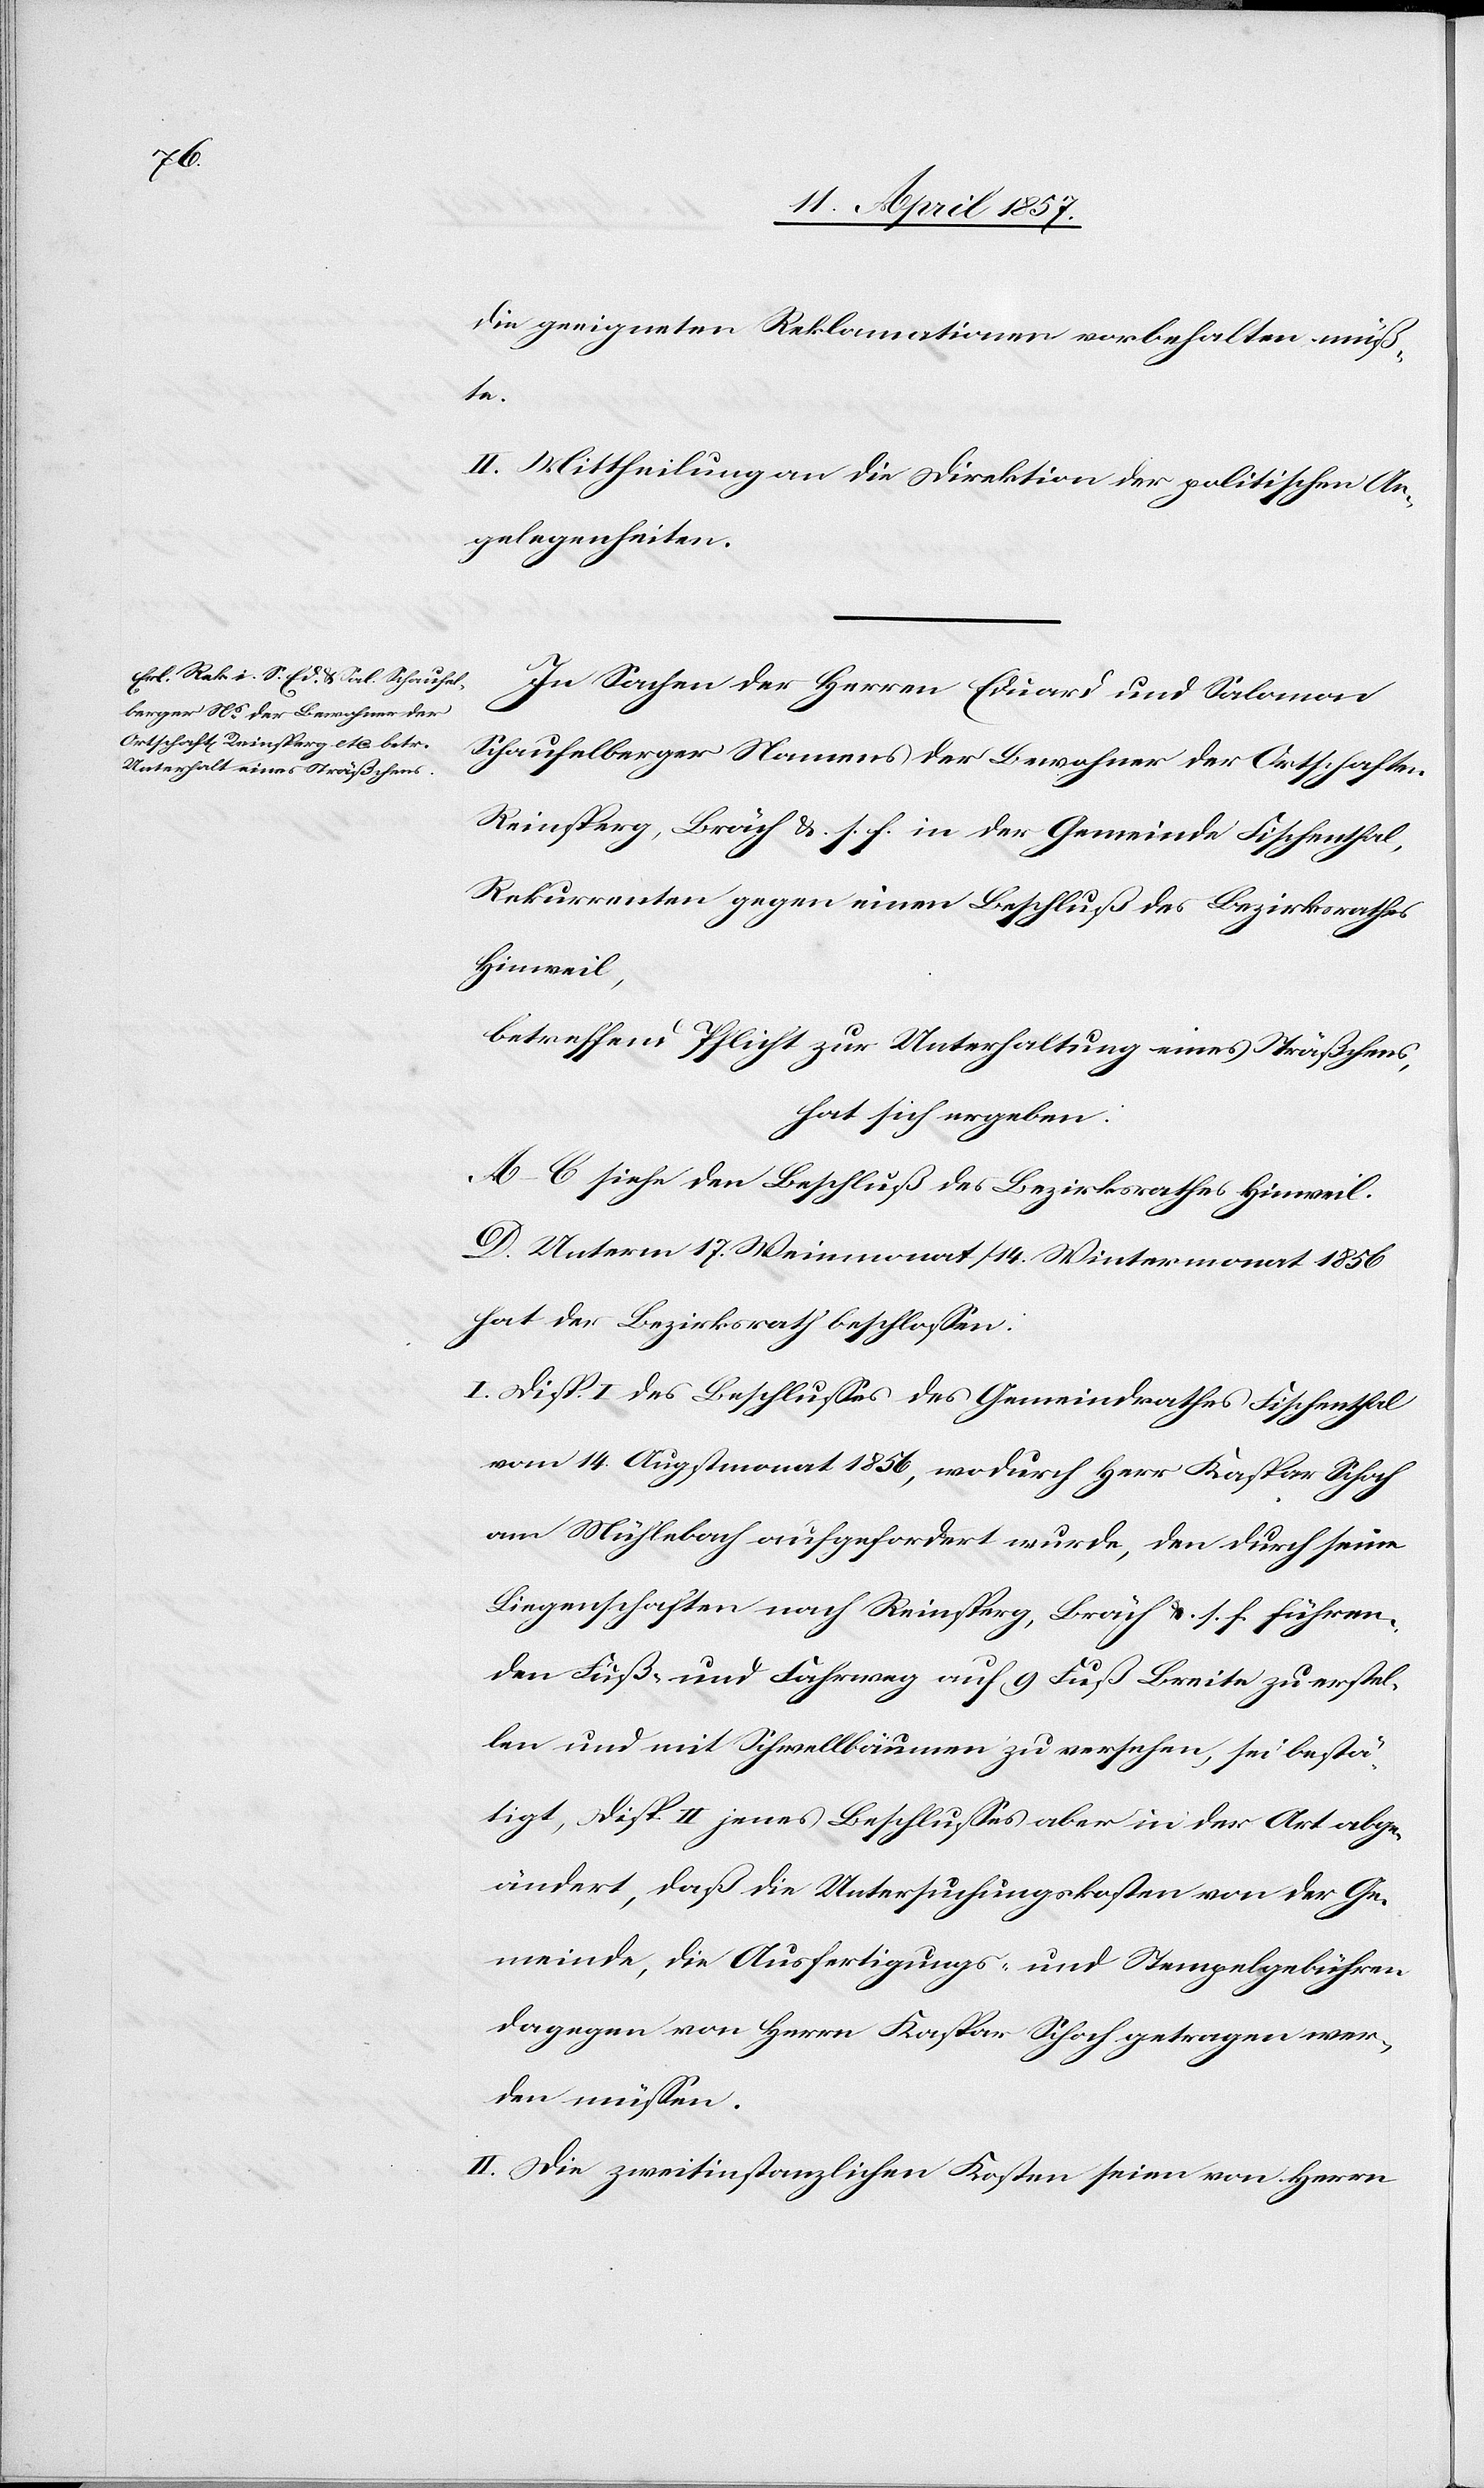
die geeigneten Reklamationen vorbehalten müß¬
te.
II. Mittheilung an die Direktion der politischen An¬
gelegenheiten.
In Sachen der Herren Eduard und Salomon
Schaufelberger Namens der Bewohner der Ortschaften
Reinsperg, Bräch &. s. f. in der Gemeinde Fischenthal,
Rekurrenten gegen einen Beschluß des Bezirksrathes
Hinweil,
betreffend Pflicht zur Unterhaltung eines Sträßchens,
hat sich ergeben:
A–C siehe den Beschluß des Bezirksrathes Hinweil.
D. Unterm 17. Weinmonat / 14. Wintermonat 1856
hat der Bezirksrath beschlossen:
I. Disp. I des Beschlusses des Gemeindrathes Fischenthal
vom 14. Augstmonat 1856, wodurch Herr Kaspar Schoch
am Mühlebach aufgefordert wurde, den durch seine
Liegenschaften nach Reinsperg, Bräch &. s. f. führen¬
den Fuß- und Fahrweg auf 9 Fuß Breite zu erstel¬
len und mit Schwellbäumen zu versehen, sei bestä¬
tigt, Disp. II jenes Beschlusses aber in der Art abge¬
ändert, daß die Untersuchungskosten von der Ge¬
meinde, die Ausfertigungs- und Stempelgebühren
dagegen von Herrn Kaspar Schoch getragen wer¬
den müssen.
II. Die zweitinstanzlichen Kosten seien von Herrn